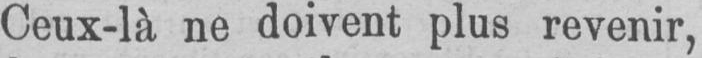
Ceux-là ne doivent plus revenir,